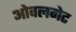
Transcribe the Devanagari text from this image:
ओवलगेट